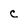
Character: C